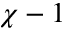
\chi - 1